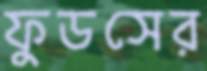
ফুডসের